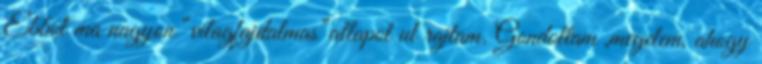
Ebbol ma nagyon “vilagfajdalmas”allapot ul rajtam. Gondoltam ,megelem, ahogy